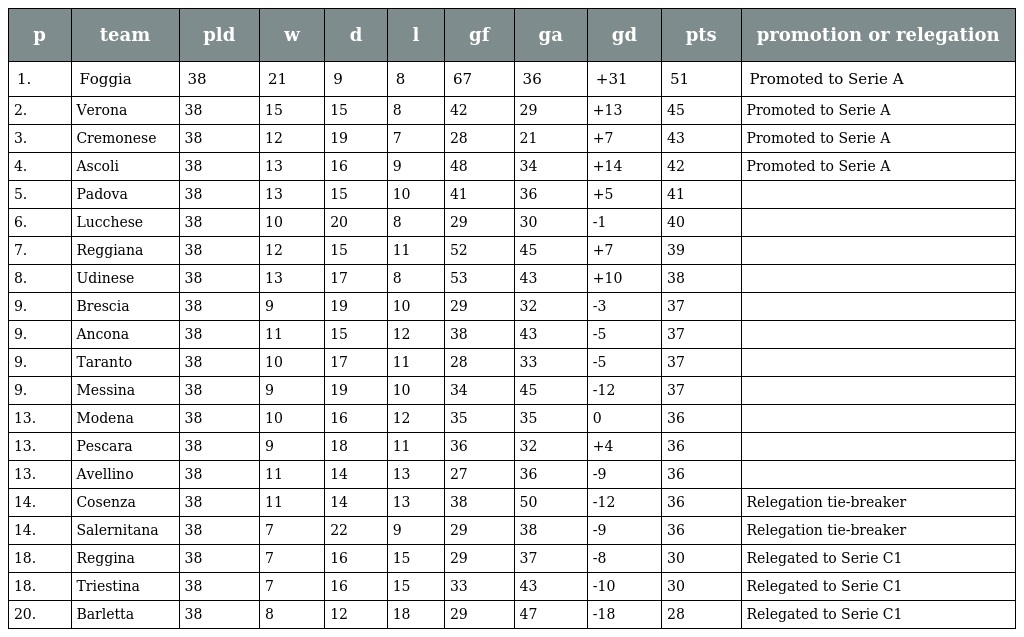
| p | team | pld | w | d | l | gf | ga | gd | pts | promotion or relegation |
 | --- | --- | --- | --- | --- | --- | --- | --- | --- | --- | --- |
 | 1. | Foggia | 38 | 21 | 9 | 8 | 67 | 36 | +31 | 51 | Promoted to Serie A |
 | 2. | Verona | 38 | 15 | 15 | 8 | 42 | 29 | +13 | 45 | Promoted to Serie A |
 | 3. | Cremonese | 38 | 12 | 19 | 7 | 28 | 21 | +7 | 43 | Promoted to Serie A |
 | 4. | Ascoli | 38 | 13 | 16 | 9 | 48 | 34 | +14 | 42 | Promoted to Serie A |
 | 5. | Padova | 38 | 13 | 15 | 10 | 41 | 36 | +5 | 41 |  |
 | 6. | Lucchese | 38 | 10 | 20 | 8 | 29 | 30 | -1 | 40 |  |
 | 7. | Reggiana | 38 | 12 | 15 | 11 | 52 | 45 | +7 | 39 |  |
 | 8. | Udinese | 38 | 13 | 17 | 8 | 53 | 43 | +10 | 38 |  |
 | 9. | Brescia | 38 | 9 | 19 | 10 | 29 | 32 | -3 | 37 |  |
 | 9. | Ancona | 38 | 11 | 15 | 12 | 38 | 43 | -5 | 37 |  |
 | 9. | Taranto | 38 | 10 | 17 | 11 | 28 | 33 | -5 | 37 |  |
 | 9. | Messina | 38 | 9 | 19 | 10 | 34 | 45 | -12 | 37 |  |
 | 13. | Modena | 38 | 10 | 16 | 12 | 35 | 35 | 0 | 36 |  |
 | 13. | Pescara | 38 | 9 | 18 | 11 | 36 | 32 | +4 | 36 |  |
 | 13. | Avellino | 38 | 11 | 14 | 13 | 27 | 36 | -9 | 36 |  |
 | 14. | Cosenza | 38 | 11 | 14 | 13 | 38 | 50 | -12 | 36 | Relegation tie-breaker |
 | 14. | Salernitana | 38 | 7 | 22 | 9 | 29 | 38 | -9 | 36 | Relegation tie-breaker |
 | 18. | Reggina | 38 | 7 | 16 | 15 | 29 | 37 | -8 | 30 | Relegated to Serie C1 |
 | 18. | Triestina | 38 | 7 | 16 | 15 | 33 | 43 | -10 | 30 | Relegated to Serie C1 |
 | 20. | Barletta | 38 | 8 | 12 | 18 | 29 | 47 | -18 | 28 | Relegated to Serie C1 |